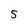
Character: 5